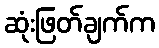
ဆုံးဖြတ်ချက်က